Report on vaccination in Madras 1904-1921 - 1904-1921
Year: 1904
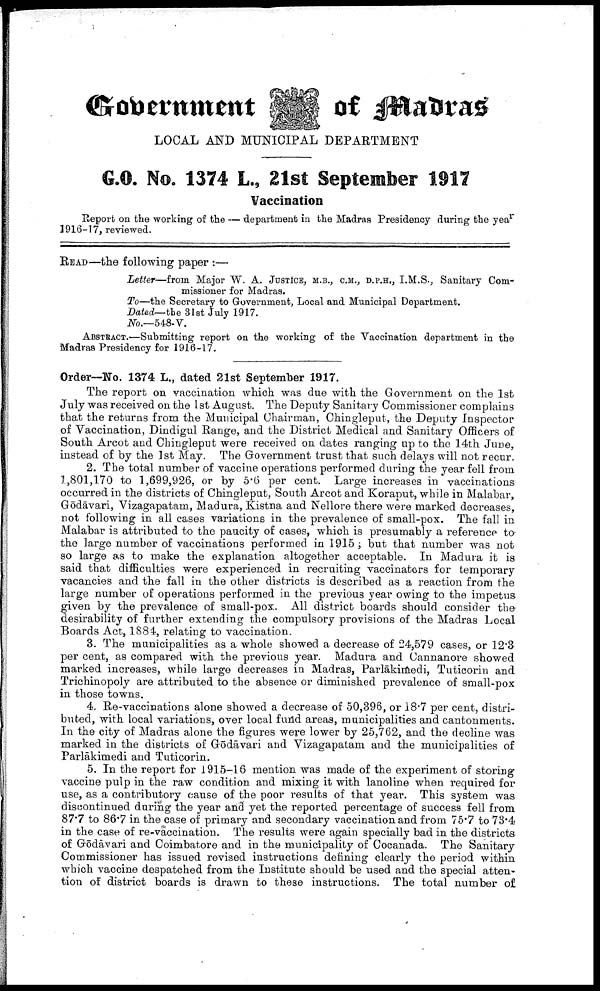
Government
of Madras
LOCAL AND MUNICIPAL DEPARTMENT
G.O. No. 1374 L., 21st September 1917
Vaccination
Report on the working of the — department in the Madras Presidency during the year
1916-17, reviewed.
READ—the following paper :—
Letter—from Major W. A. JUSTICE, M.B., C.M., D.P.H., I.M.S., Sanitary Com
missioner for Madras.
To—the Secretary to Government, Local and Municipal Department.
Dated— the 31st July 1917.
No.—548-V.
ABSTRACT.—-Submitting report on the working of the Vaccination department in the
Madras Presidency for 1916-17.
Order—No. 1374 L., dated 21st September 1917.
The report on vaccination which was due with the Government on the 1st
July was received on the 1st August. The Deputy Sanitary Commissioner complains
that the returns from the Municipal Chairman, Chingleput, the Deputy Inspector
of Vaccination, Dindigul Range, and the District Medical and Sanitary Officers of
South Arcot and Chingleput were received on dates ranging up to the 14th June,
instead of by the 1st May. The Government trust that such delays will not recur.
2. The total number of vaccine operations performed during the year fell from
1,801,170 to 1,699,926, or by 5.6 per cent. Large increases in vaccinations
occurred in the districts of Chingleput, South Arcot and Koraput, while in Malabar,
Gōdāvari, Vizagapatam, Madura, Kistna and Nellore there were marked decreases,
not following in all cases variations in the prevalence of small-pox. The fall in
Malabar is attributed to the paucity of cases, which is presumably a reference to
the large number of vaccinations performed in 1915 ; but that number was not
so large as to make the explanation altogether acceptable. In Madura it is
said that difficulties were experienced in recruiting vaccinators for temporary
vacancies and the fall in the other districts is described as a reaction from the
large number of operations performed in the previous year owing to the impetus
given by the prevalence of small-pox. All district boards should consider the
desirability of further extending the compulsory provisions of the Madras Local
Boards Act, 1884, relating to vaccination.
3. The municipalities as a whole showed a decrease of 24,579 cases, or 12.3
per cent, as compared with the previous year. Madura and Cannanore showed
marked increases, while large decreases in Madras, Parlākimedi, Tuticorin and
Trichinopoly are attributed to the absence or diminished prevalence of small-pox
in those towns.
4. Re-vaccinations alone showed a decrease of 50,396, or 18.7 per cent, distri
buted, with local variations, over local fund areas, municipalities and cantonments.
In the city of Madras alone the figures were lower by 25,762, and the decline was
marked in the districts of Gōdāvari and Vizagapatam and the municipalities of
Parlākimedi and Tuticorin.
5. In the report for 1915-16 mention was made of the experiment of storing
vaccine pulp in the raw condition and mixing it with lanoline when required for
use, as a contributory cause of the poor results of that year. This system was
discontinued during the year and yet the reported percentage of success fell from
87.7 to 86.7 in the case of primary and secondary vaccination and from 75.7 to 73.4
in the case of re-vaccination. The results were again specially bad in the districts
of Gōdāvari and Coimbatore and in the municipality of Cocanada. The Sanitary
Commissioner has issued revised instructions defining clearly the period within
which vaccine despatched from the Institute should be used and the special atten
tion of district boards is drawn to these instructions. The total number of